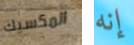
المكسيك إنه